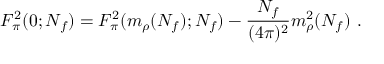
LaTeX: F _ { \pi } ^ { 2 } ( 0 ; N _ { f } ) = F _ { \pi } ^ { 2 } ( m _ { \rho } ( N _ { f } ) ; N _ { f } ) - \frac { N _ { f } } { ( 4 \pi ) ^ { 2 } } m _ { \rho } ^ { 2 } ( N _ { f } ) \ .